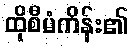
ထိုစီမံကိန်း၏